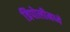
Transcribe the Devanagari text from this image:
त्रिपोलीमध्ये